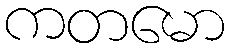
ကတမော